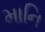
માનિ